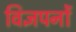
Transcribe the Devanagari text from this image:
विज्ञपनों